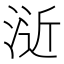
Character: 𣷯